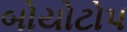
બોયોટોપ